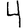
Digit: 4